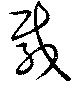
載